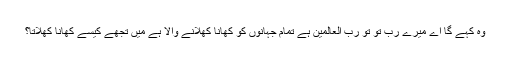
وہ کہے گا اے میرے رب تُو تو رب العالمین ہے تمام جہانوں کو کھانا کھلانے والا ہے میں تجھے کیسے کھانا کھلاتا؟